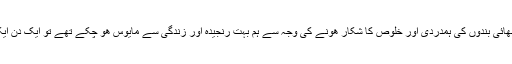
اور اپنے پاکستانی بھائی بندوں کی ہمدردی اور خلوص کا شکار ھونے کی وجہ سے ہم بہت رنجیدہ اور زندگی سے مایوس ھو چکے تھے تو ایک دن ایک پل پر چلے گئے۔